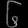
Digit: ၆